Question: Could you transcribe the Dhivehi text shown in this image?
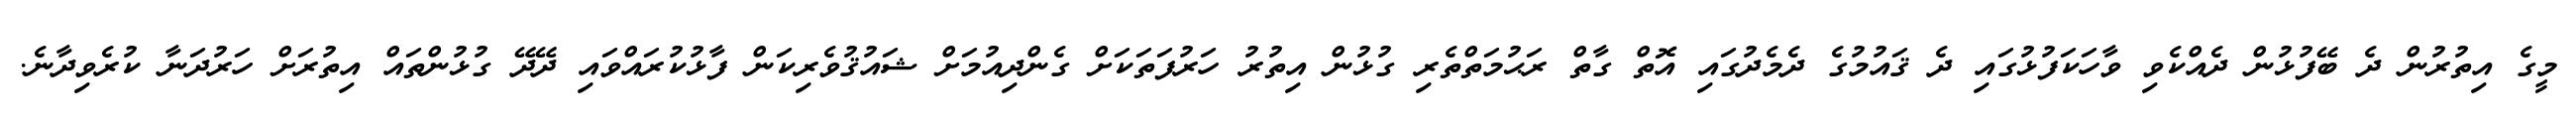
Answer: މީގެ އިތުރުން ދެ ބޭފުޅުން ދެއްކެވި ވާހަކަފުޅުގައި ދެ ޤައުމުގެ ދެމެދުގައި އޮތް ގާތް ރަޙުމަތްތެރި ގުޅުން އިތުރު ހަރުފަތަކަށް ގެންދިއުމަށް ޝައުޤުވެރިކަން ފާޅުކުރައްވައި ދޭދޭ ގުޅުންތައް އިތުރަށް ހަރުދަނާ ކުރެވިދާނެ.